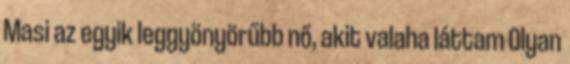
Masi az egyik leggyönyörűbb nő, akit valaha láttam Olyan